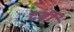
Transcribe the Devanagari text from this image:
दर्बी